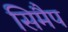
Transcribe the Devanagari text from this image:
सिमैप